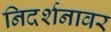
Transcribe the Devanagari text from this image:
निदर्शनावर